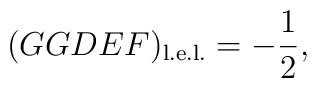
(GGDEF)_{\rm l.e.l.} = -\frac{1}{2},